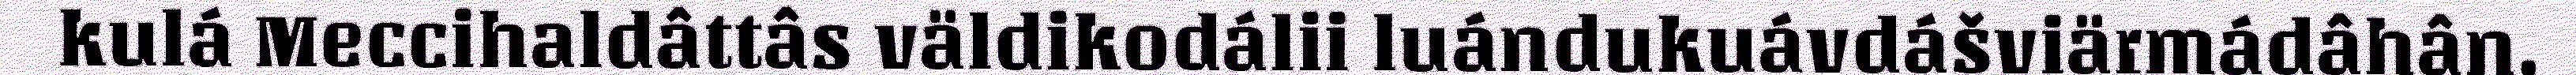
kulá Meccihaldâttâs väldikodálii luándukuávdášviärmádâhân.